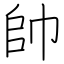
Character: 帥